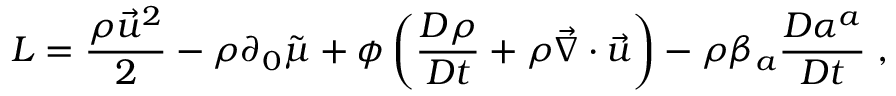
{ \cal L } = \frac { \rho \vec { u } ^ { 2 } } { 2 } - \rho \partial _ { 0 } \tilde { \mu } + \phi \left( \frac { D \rho } { D t } + \rho \vec { \nabla } \cdot \vec { u } \right) - \rho \beta _ { a } \frac { D \alpha ^ { a } } { D t } \; ,